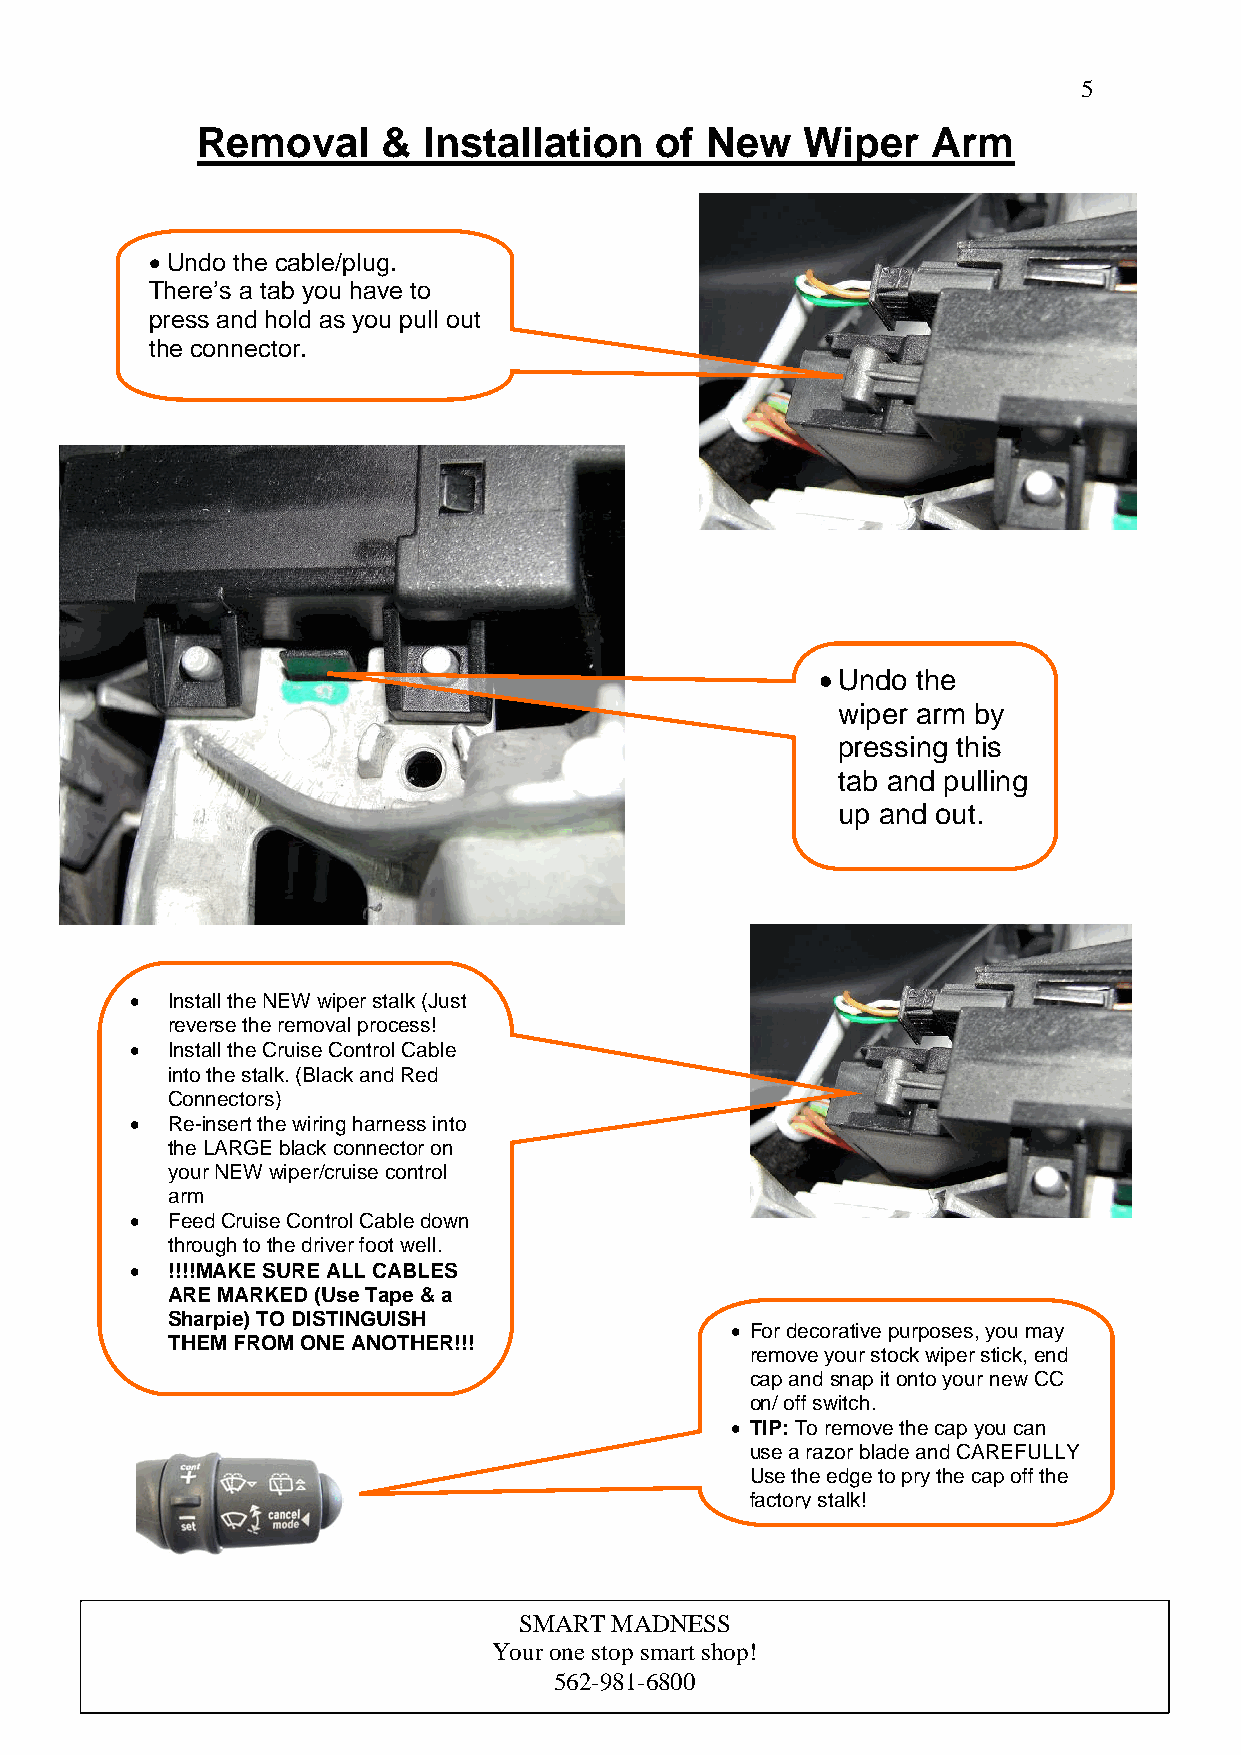
5
 Removal     &  Installation   of  New   Wiper    Arm
 • Undo the cable/plug.
 There’s a tab you have to
 press and hold as you pull out
 the connector.
 • Undo the
 wiper arm by
 pressing this
 tab and pulling
 up and out.
 • Install the NEW wiper stalk (Just
 reverse the removal process!
 • Install the Cruise Control Cable
 into the stalk. (Black and Red
 Connectors)
 • Re-insert the wiring harness into
 the LARGE black connector on
 your NEW wiper/cruise control
 arm
 • Feed Cruise Control Cable d own
 through to the driver foot well.
 • !!!!MAKE SURE ALL CABLES
 ARE MARKED (Use Tape & a
 Sharpie) TO DISTINGUISH
 • For decorative purposes, you may
 THEM FROM ONE ANOTHER!!!
 remove your stock wiper stick, end
 cap and snap it onto your new CC
 on/ off switch.
 • TIP: To remove the cap you can
 use a razor blade and CAREFULLY
 Use the edge to pry the cap off the
 factory stalk!
 SMART MADNESS
 Your one stop smart shop!
 562-981-6800